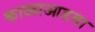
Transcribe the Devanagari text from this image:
काळाआडवा